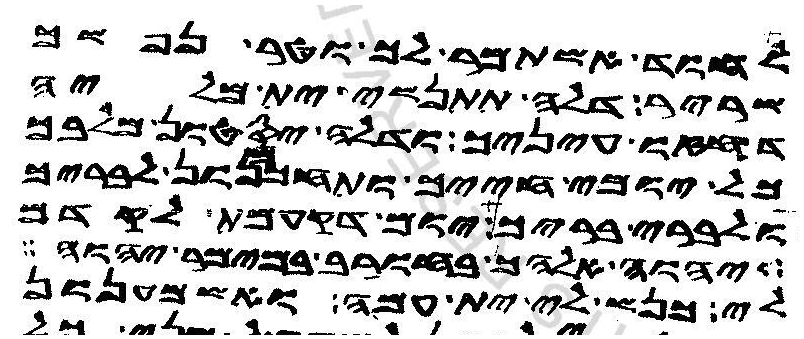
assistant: לחוד אשתמר לך וטר נפשך
שריר דלה תתנשי ית מליה
דחזו עיניך ודלה יסטון מלבך
כל יומי חייך ותחכמנון לבריך
ולברי בריך יום דקעמת לקדם
יהוה אלהך בחורב במימר יהוה
לי כנש לי ית עמה ואשמענון